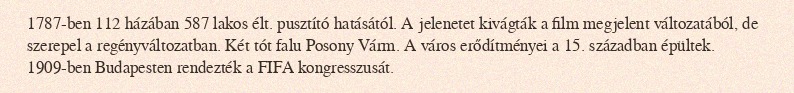
1787-ben 112 házában 587 lakos élt. pusztító hatásától. A jelenetet kivágták a film megjelent változatából, de szerepel a regényváltozatban. Két tót falu Posony Várm. A város erődítményei a 15. században épültek. 1909-ben Budapesten rendezték a FIFA kongresszusát.